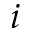
i